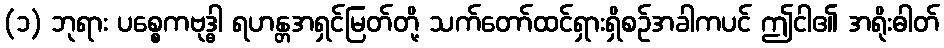
(၁) ဘုရား ပစ္စေကဗုဒ္ဓါ ရဟန္တအရှင်မြတ်တို့ သက်တော်ထင်ရှားရှိစဉ်အခါကပင် ဤငါ၏ အရိုးဓါတ်